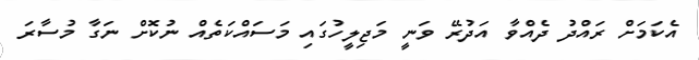
އެކަމަށް ރައްދު ދެއްވާ އަދުރޭ ވަނީ މަޖިލީހުގައި މަސައްކަތެއް ނުކޮށް ނަގާ މުސާރަ